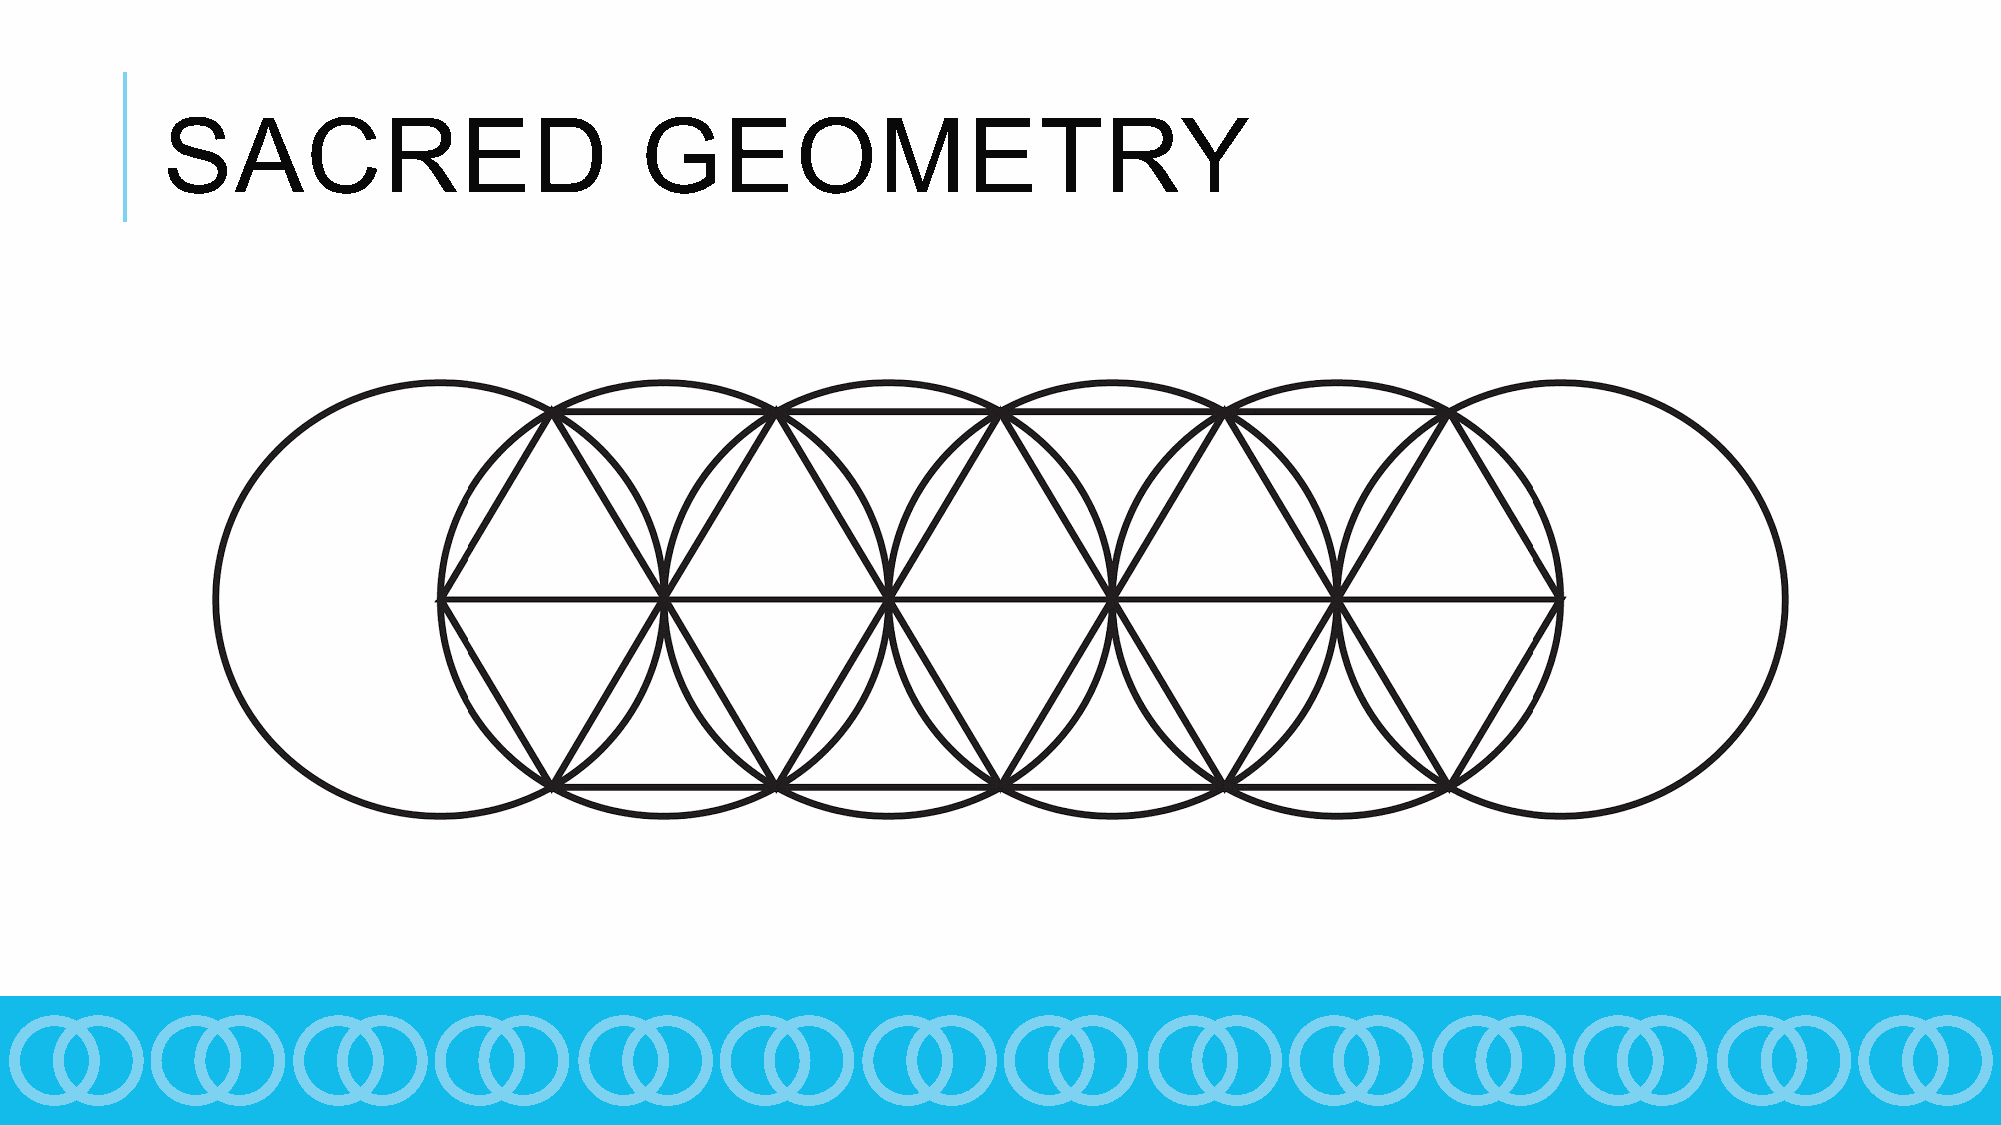
SACRED                         GEOMETRY